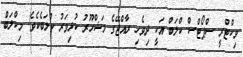
ވިކްޓްރީ ސްޕޯޓްސް ކްލަބް އަކީ ދިވެހި ރާއްޖޭގެ މަޝްހޫރު ކުޅިވަރު ކްލަބެކެވެ. މިކްލަބް